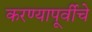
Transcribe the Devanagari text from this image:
करण्यापूर्वीचे